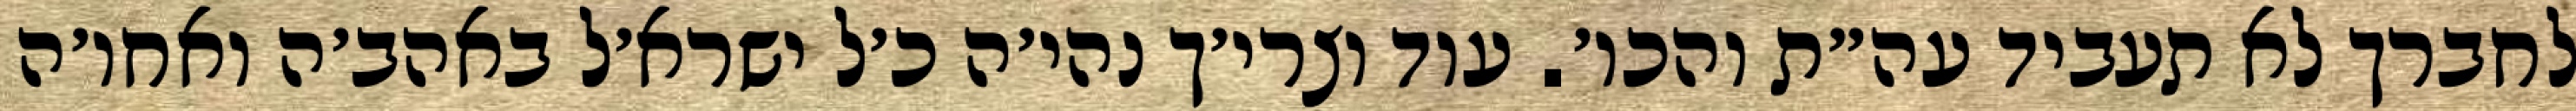
לחברך לא תעביד עה״ת והכו׳. עוד וצרי׳ך נהי׳ה כ׳ל ישרא׳ל באהב׳ה ואחו׳ה